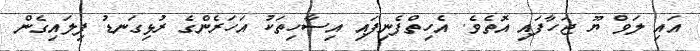
އައި ލަވް ޔޫ ޖަހާފައި އޮތެވެ. އެހިތްފެނިފައި އިސާހިތަކު އަހަރެންގެ ރުޅިގަނޑު ފިލައިގެން